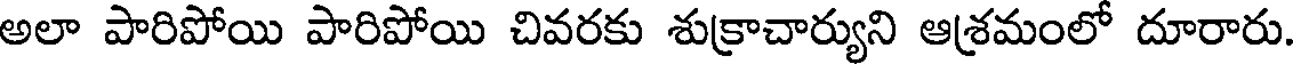
అలా పారిపోయి పారిపోయి చివరకు శుక్రాచార్యుని ఆశ్రమంలో దూరారు.